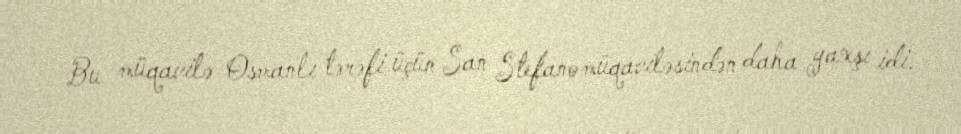
Bu müqavilə Osmanlı tərəfi üçün San Stefano müqaviləsindən daha yaxşı idi.